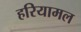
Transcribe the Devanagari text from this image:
हरियामल